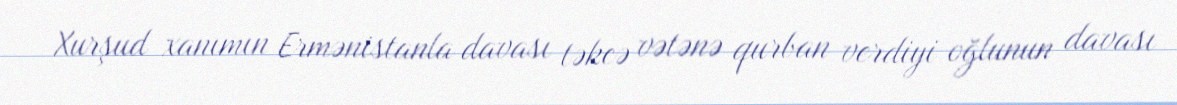
Xurşud xanımın Ermənistanla davası təkcə vətənə qurban verdiyi oğlunun davası